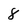
Character: 8